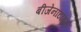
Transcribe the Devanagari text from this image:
बीजेनाटाइन